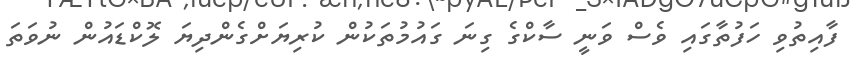
ފާއިތުވި ހަފުތާގައި ވެސް ވަނީ ސާކްގެ ގިނަ ގައުމުތަކުން ކުރިޔަށްގެންދިޔަ ލޮކްޑައުން ނުވަތަ